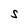
Character: S